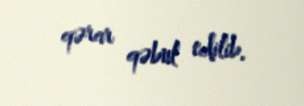
qərar qəbul edilib.